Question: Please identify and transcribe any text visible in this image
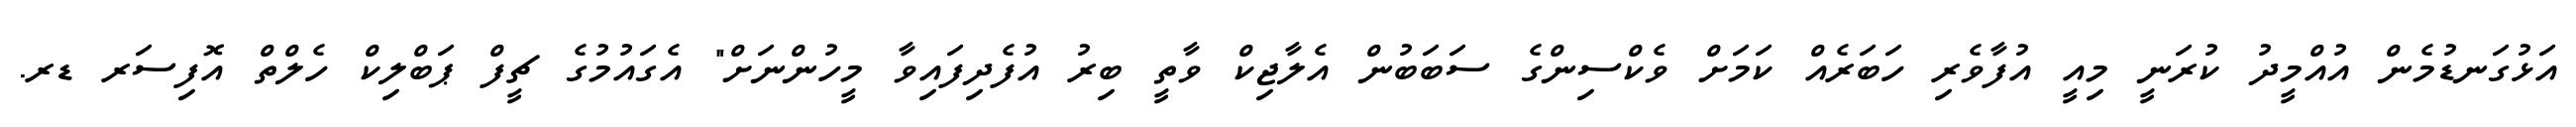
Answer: އަޅުގަނޑުމެން އުއްމީދު ކުރަނީ މިއީ އުފާވެރި ހަބަރެއް ކަމަށް ވެކްސިންގެ ސަބަބުން އެލާޖިކް ވާތީ ބިރު އުފެދިފައިވާ މީހުންނަށް" އެގައުމުގެ ޗީފް ޕަބްލިކް ހެލްތް އޮފިސަރ ޑރ.